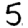
Digit: 5